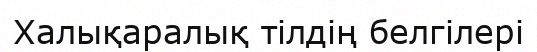
Халықаралық тілдің белгілері